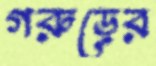
গরুড়ের